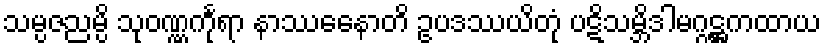
သမ္ပဇညမ္ပိ သုဝဏ္ဏင်္ကုရာ နာဿေနောတိ ဥပဒဿယိတုံ ပဋိသမ္ဘိဒါမဂ္ဂဋ္ဌကထာယ